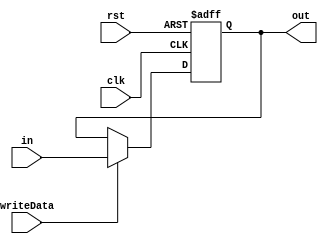
`timescale 1ns/1ns
module PC(input[4:0] in, input clk, rst, writeData, output[4:0] out);
	reg [4:0] outData;
	assign out = outData;
	always@(posedge clk, posedge rst)begin
		if(rst) outData <= 5'b0;
		else
		begin
			if(writeData) outData <= in;
			else outData <= outData;
		end
	end
endmodule